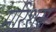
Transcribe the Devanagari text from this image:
मरिशस